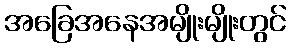
အခြေအနေအမျိုးမျိုးတွင်